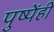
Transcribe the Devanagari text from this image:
पुष्पेंही